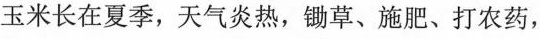
玉米长在夏季，天气炎热，锄草、施肥、打农药，